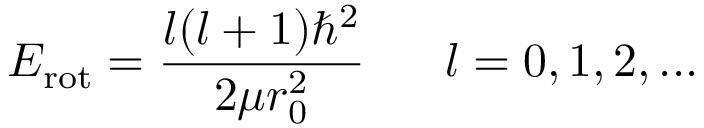
E _ { \mathrm { r o t } } = { \frac { l ( l + 1 ) \hbar ^ { 2 } } { 2 \mu r _ { 0 } ^ { 2 } } } \ \ \ \ \ l = 0 , 1 , 2 , . . .